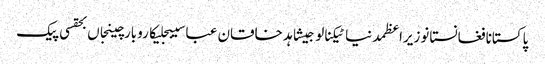
پاکستانافغانستانوزیراعظمدنیاٹیکنالوجیشاہد خاقان عباسیبجلیکاروبارچینجاں بحقسی پیک